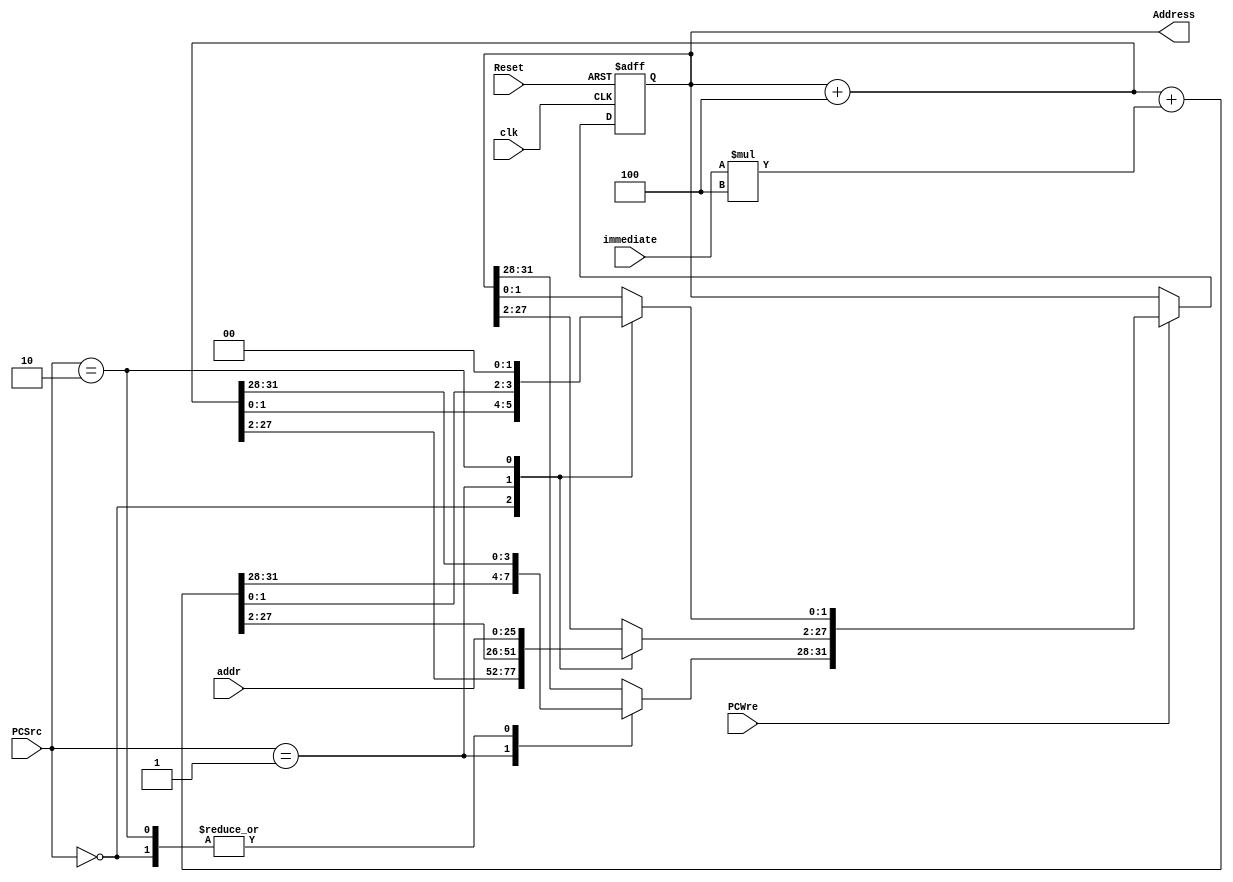
`timescale 1ns / 1ps
//////////////////////////////////////////////////////////////////////////////////
// Company: 
// Engineer: 
// 
// Design Name: 
// Module Name: PC
// Project Name: 
// Target Devices: 
// Tool Versions: 
// Description: 
// 
// Dependencies: 
// 
// Revision:
// Revision 0.01 - File Created
// Additional Comments:
// 
//////////////////////////////////////////////////////////////////////////////////

// 
module PC(
    input clk,
    input Reset,
    input PCWre,
    input [1:0] PCSrc,
    input [15:0] immediate,
    input [25:0] addr,
    output reg [31:0] Address
    );
    
    // addr + 4
    reg [31:0] addressPlus4;
    
    always @(posedge clk or negedge Reset)
        begin
            if (Reset == 0) begin
                Address = 0;
            end
            else if(PCWre) begin
                case(PCSrc)
                    2'b00: begin
                        Address = Address + 4;
                    end
                    2'b01: begin
                        Address = (Address + 4) + immediate * 4;
                    end
                    2'b10: begin
                        addressPlus4 = Address + 4;
                        Address[31:28] = addressPlus4[31:28];
                        Address[27:2] = addr;
                        Address[1:0] = 2'b00;
                    end
                endcase
            end
        end
endmodule